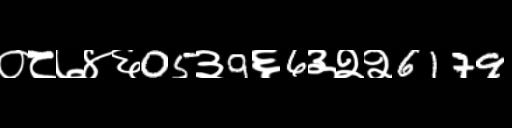
Text: ०८७४६05३9६6३२२6179